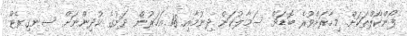
ފޯންކޯލްތަކަށް މިހާރަށްވުރެ ބޮޑަށް ސަމާލުކަން ދިނުމާއި 18 އަހަރުން ދަށުގެ ކުދިންނަށް ސިނގިރެޓް